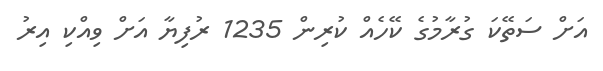
އަށް ސަތޭކަ ގުރާމުގެ ކޭހެއް ކުރިން 1235 ރުފިޔާ އަށް ވިއްކި އިރު